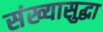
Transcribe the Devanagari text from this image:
संख्यासुद्धा